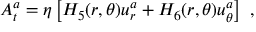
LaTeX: A _ { t } ^ { a } = \eta \left[ H _ { 5 } ( r , \theta ) u _ { r } ^ { a } + H _ { 6 } ( r , \theta ) u _ { \theta } ^ { a } \right] \ ,